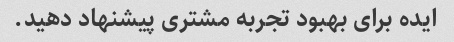
ایده برای بهبود تجربه مشتری پیشنهاد دهید.